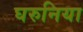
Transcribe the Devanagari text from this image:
घरुनिया